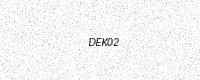
Text: DEK02